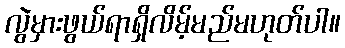
လွဲမှားဖွယ်ရာရှိလိမ့်မည်မဟုတ်ပါ။